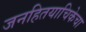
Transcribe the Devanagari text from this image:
जनहितयाचिकेचा